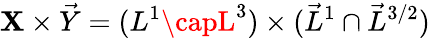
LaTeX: \mathbf{X}\times\vec{{Y}}=(L^{1}\capL^{3})\times(\vec{{L}}^{1}\cap\vec{{L}}^{3/2})